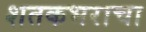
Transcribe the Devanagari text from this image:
शतकभराचा